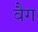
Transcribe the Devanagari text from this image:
वैग